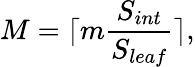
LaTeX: M=\lceil m\frac{S_{int}}{S_{leaf}}\rceil,